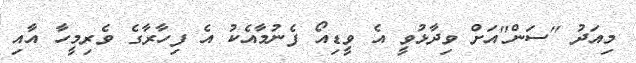
މިއަދު "ސަން"އަށް ވިދާޅުވީ އެ ވީޑިއޯ ފެނުމާއެކު އެ ފިހާރާގެ ވެރިމީހާ އާއި